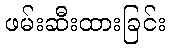
ဖမ်းဆီးထားခြင်း